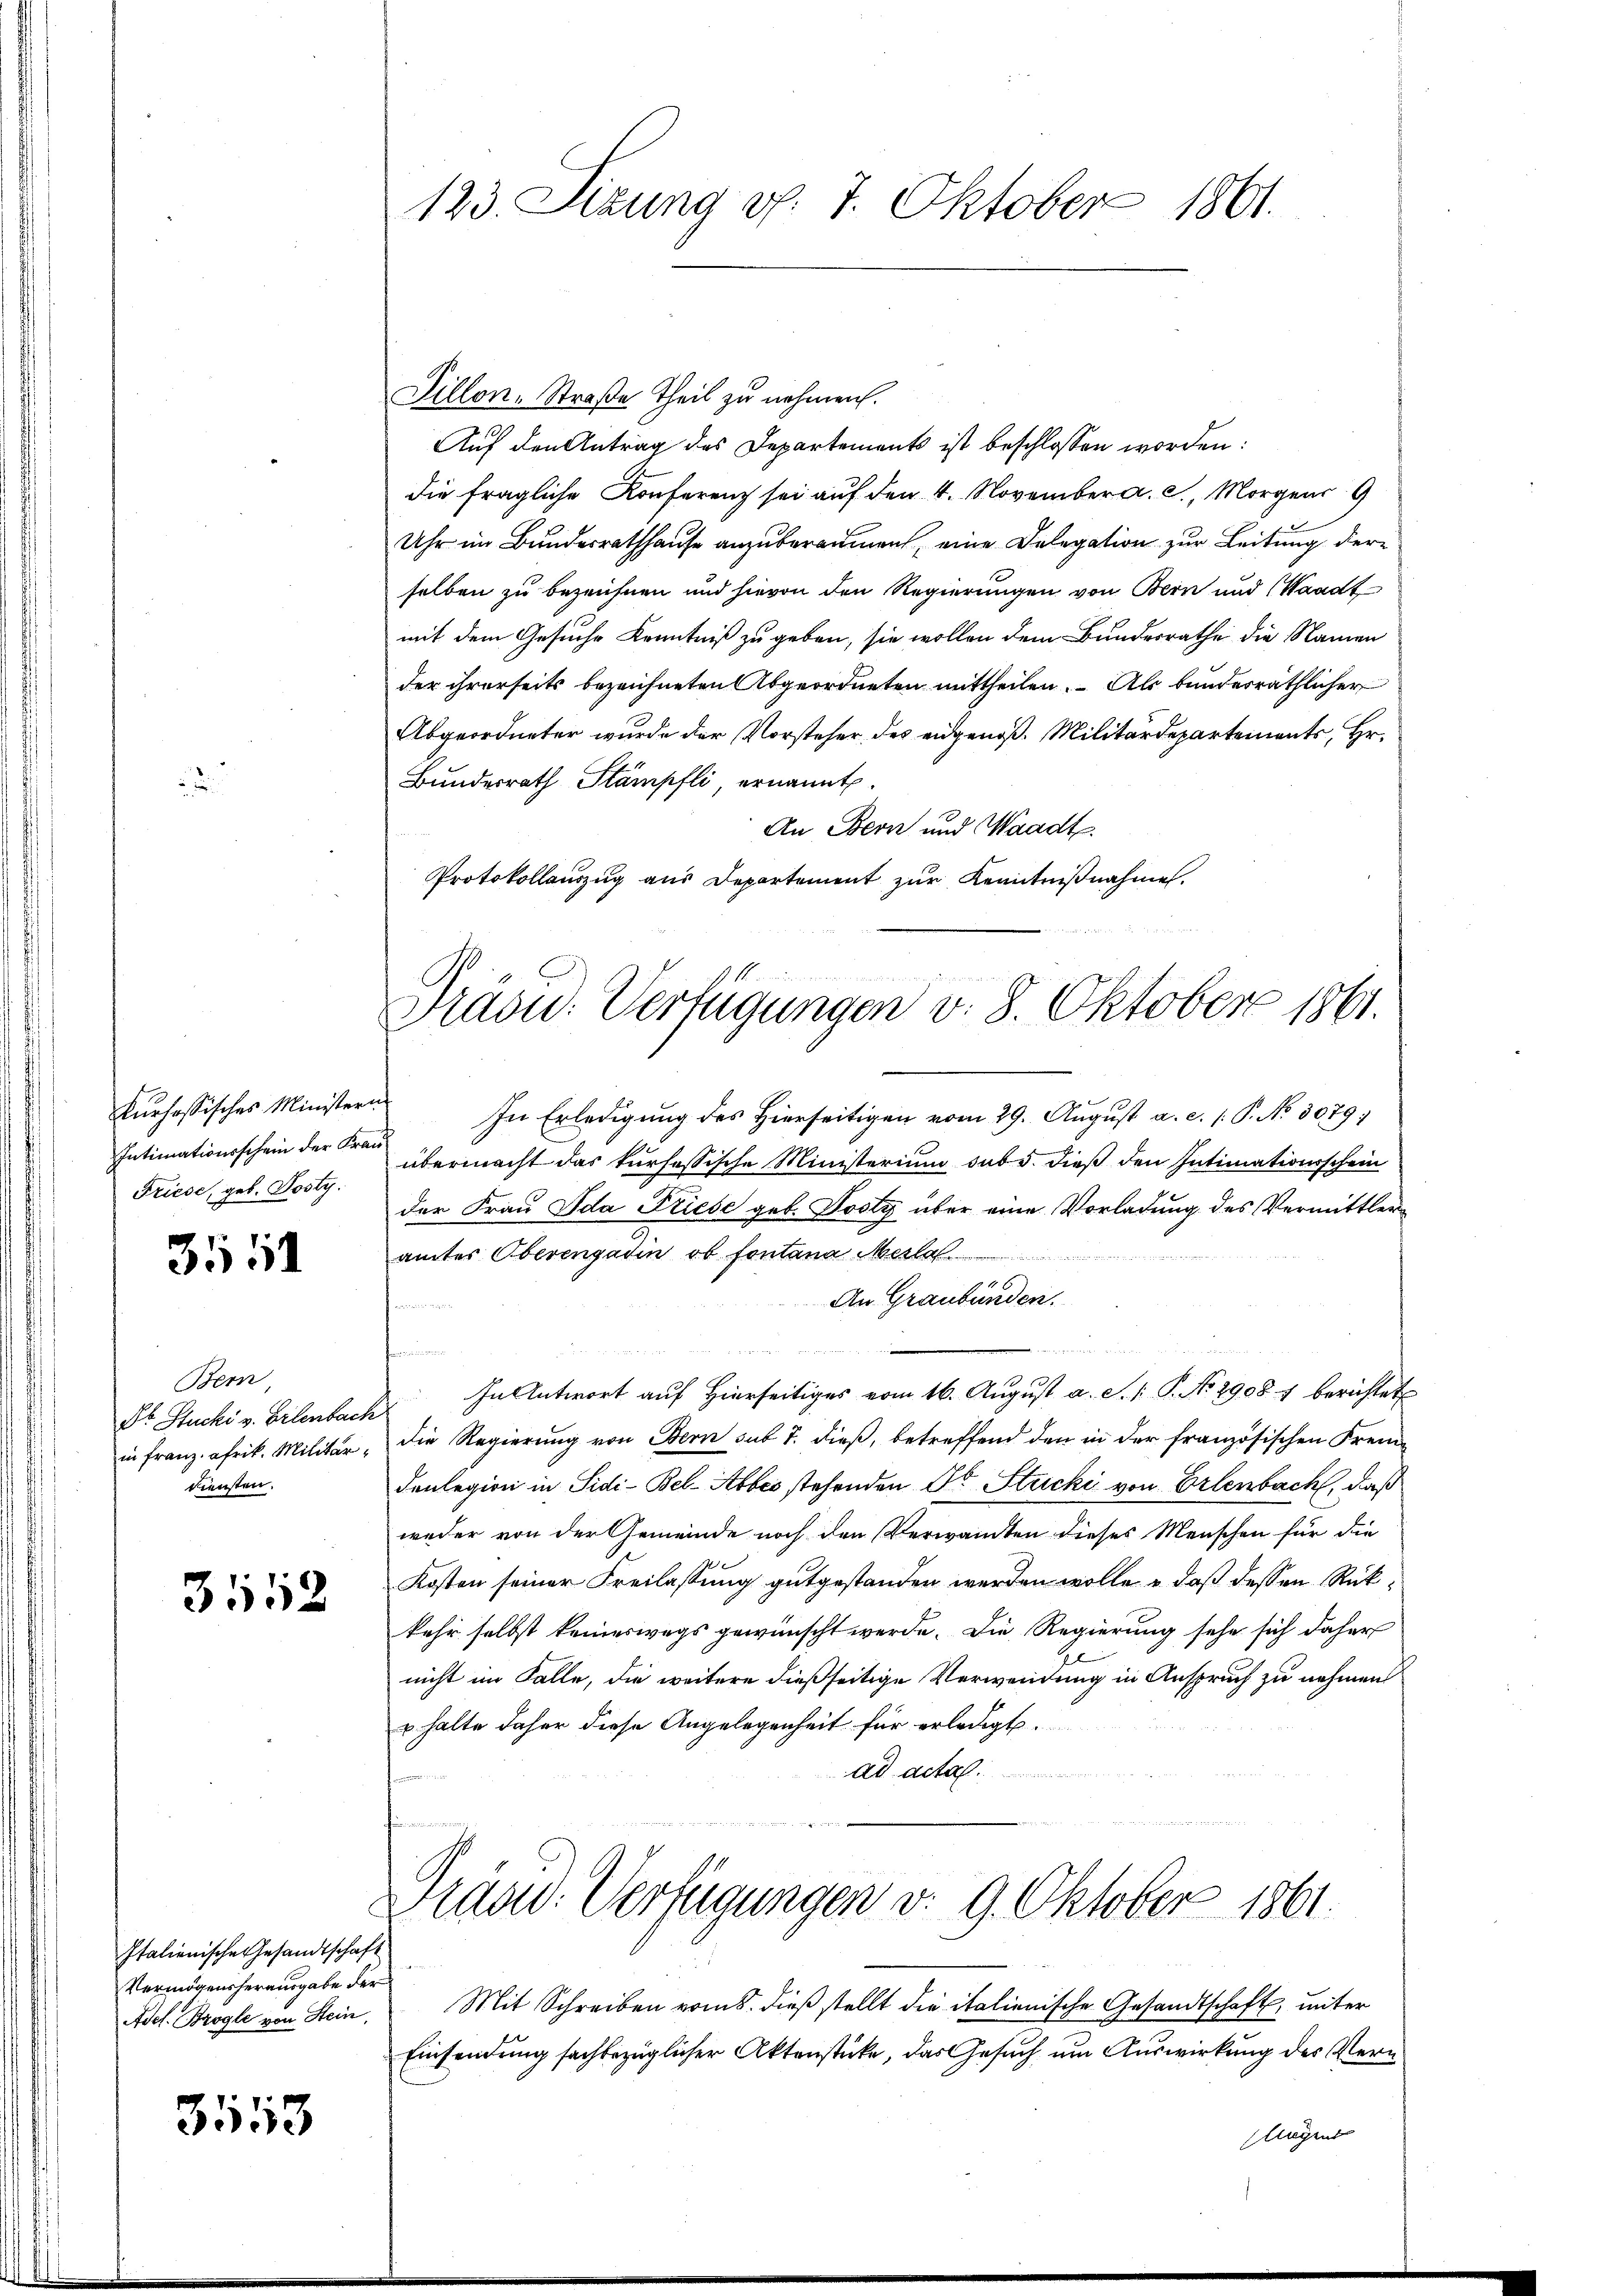
e

kurhössisches Ministern
Intimationsschein der Frau
Friese, geb. Posty.

3551

Bern,
diensten.

3552

Italienische Gesandtschaft
Vermögensherausgabe der
Ades. Brogle von Stein,

3553

123. Sizung d. 7. Oktober 1861.

Dillon, Straße Theil zu nehmen.
Auf den Antrag des Departements ist beschlossen worden:
die fragliche Konferenz sei auf den 4. November a. c., Morgens 9
Uhr im Bundesrathhause anzuberaumen, eine Delegation zur Leitung der
selben zu bezeichnen und hievon den Regierungen von Bern und (Waadt
mit dem Gesuche Kenntniß zu geben, sie wollen dem Bundesrathe die Namen
der ihrerseits bezeichneten Abgeordneten mittheilen. Als bunderräthlicher
Abgeordneter wurde der Vorsteher des eidgenoß. Militärdepartements, Hr.
Bundesrath Stämpfli, ernannt.
An Bern und Waadt.
Protokollauszug aus Departement zur Kenntnißnahmen.
In Erledigung des Hierseitigen vom 29. August a. c. s. P. No. 3079;
übermacht das kursessische Ministerium sub 5. dieß den Intimationsschein
der Frau Ida Friese geb. Josty über eine Vorladung des Vermittleramtes Oberengadin ob fontana Merla

An Graubünden.

Dr. Stucki v. Erlenbach In Antwort aŭf hierseitiges vom 16. Aŭgŭst a. S. 1: P. No 29081 berichtet
in franz afrik. Militär " die Regierŭng von Bern sub 7. dieβ, betreffend den in der französischen Fremdenlegion in Sidi-Bel-Abbes stehenden Dr Stricki von Erlenbach, daß
weder von der Gemeinde noch den Verwandten dieses Menschen für die
Kosten seiner Freilassung gutgestanden werden wolle, daß dessen Rückkehr selbst keineswegs gewünscht werde. Die Regierung sehe sich daher
nicht im Falle, die weitere dießseitige Verwendung in Anspruch zu nehmen
u halte daher diese Angelegenheit für erledigt.
ad acta.
f
n
Präsid. Verfügungen v. 9. Oktober 1861.
Mit Schreiben vom 5. dieß stellt die italienische Gesandtschaft, unter
Einsendung sachbezüglicher Aktenstücke, das Gesuch um Auswirkung des Vern
flingend

Präsid. Verfügungen v. 8. Oktober 1861.